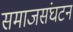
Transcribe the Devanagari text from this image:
समाजसंघटन